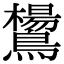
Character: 鸉